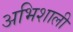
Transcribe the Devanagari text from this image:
अभिशाली